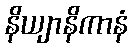
နိယျာနိကာနံ